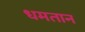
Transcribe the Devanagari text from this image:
धमतान